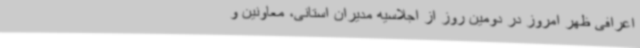
اعرافی ظهر امروز در دومین روز از اجلاسیه مدیران استانی، معاونین و